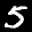
Label: 5